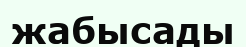
жабысады